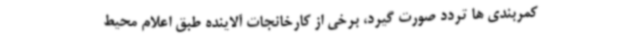
کمربندی ها تردد صورت گیرد، برخی از کارخانجات آلاینده طبق اعلام محیط